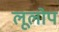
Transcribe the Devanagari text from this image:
लूलोप